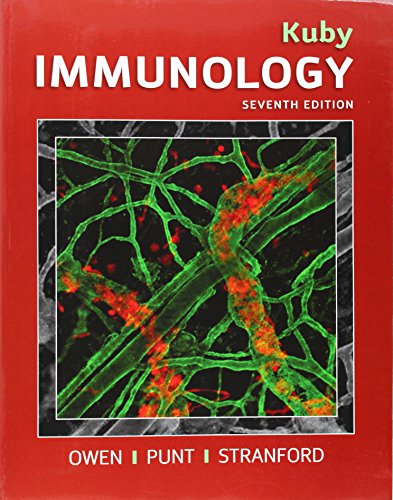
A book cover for Kuby Immunology (Kindt, Kuby Immunology); Judy Owen; Medical Books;